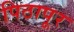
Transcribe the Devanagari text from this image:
पिठापूर